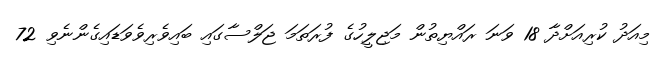
މިއަދު ކުރިއަށްދާ 18 ވަނަ ރައްޔިތުން މަޖިލީހުގެ ފުރަތަމަ ޖަލްސާގައި ބައިވެރިވެވަޑައިގެންނެވި 72